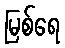
မြစ်ရေ